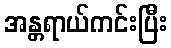
အန္တရာယ်ကင်းပြီး